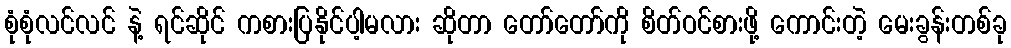
စုံစုံလင်လင် နဲ့ ရင်ဆိုင် ကစားပြနိုင်ပါ့မလား ဆိုတာ တော်တော်ကို စိတ်ဝင်စားဖို့ ကောင်းတဲ့ မေးခွန်းတစ်ခု